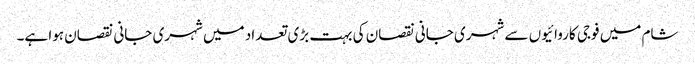
شام میں فوجی کاروائیوں سے شہری جانی نقصان کی بہت بڑی تعداد میں شہری جانی نقصان ہوا ہے۔